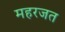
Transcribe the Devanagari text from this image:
महरजत